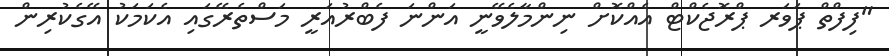
"ފިފްތް ޕަވަރ ޕްރޮޖެކްޓް އެއްކޮށް ނިންމާލެވޭނީ އަންނަ ފެބްރުއަރީ މަސްތެރޭގައި އެކަމަކު އޭގެކުރިން